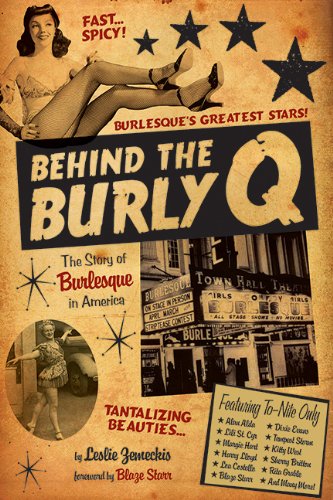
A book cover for Behind the Burly Q: The Story of Burlesque in America; Leslie Zemeckis; Biographies & Memoirs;